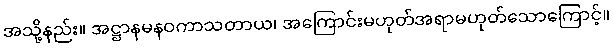
အသို့နည်း။ အဋ္ဌာနမနဝကာသတာယ၊ အကြောင်းမဟုတ်အရာမဟုတ်သောကြောင့်။